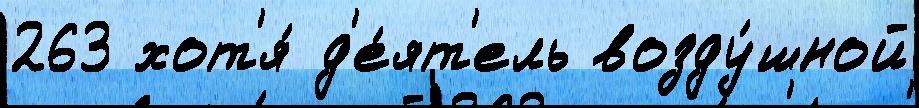
263 хот'я́ д'е́ят'ель возду́шной